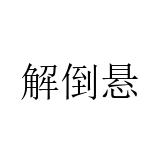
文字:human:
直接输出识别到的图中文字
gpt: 解倒悬